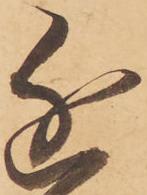
近